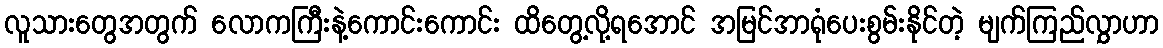
လူသားတွေအတွက် လောကကြီးနဲ့ကောင်းကောင်း ထိတွေ့လို့ရအောင် အမြင်အာရုံပေးစွမ်းနိုင်တဲ့ မျက်ကြည်လွှာဟာ